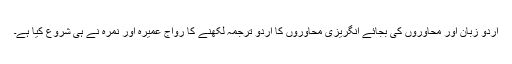
اردو زبان اور محاوروں کی بجائے انگریزی محاوروں کا اردو ترجمہ لکھنے کا رواج عمیرہ اور نمرہ نے ہی شروع کیا ہے۔